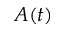
A ( t )